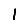
Digit: 1